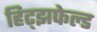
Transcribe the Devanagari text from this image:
हिट्झफेल्ड